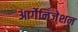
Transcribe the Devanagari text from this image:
आर्गेनिजेशन